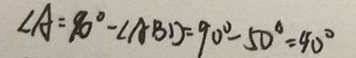
\angle A = 9 0 ^ { \circ } - \angle A B D = 9 0 ^ { \circ } - 5 0 ^ { \circ } = 9 0 ^ { c i r c }